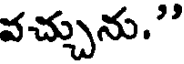
వచ్చును."